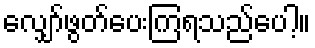
လျှော်ဖွတ်ပေးကြရသည်ပေါ့။